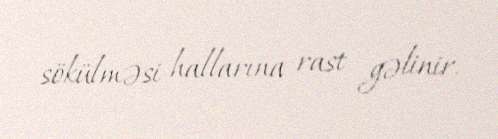
sökülməsi hallarına rast gəlinir.